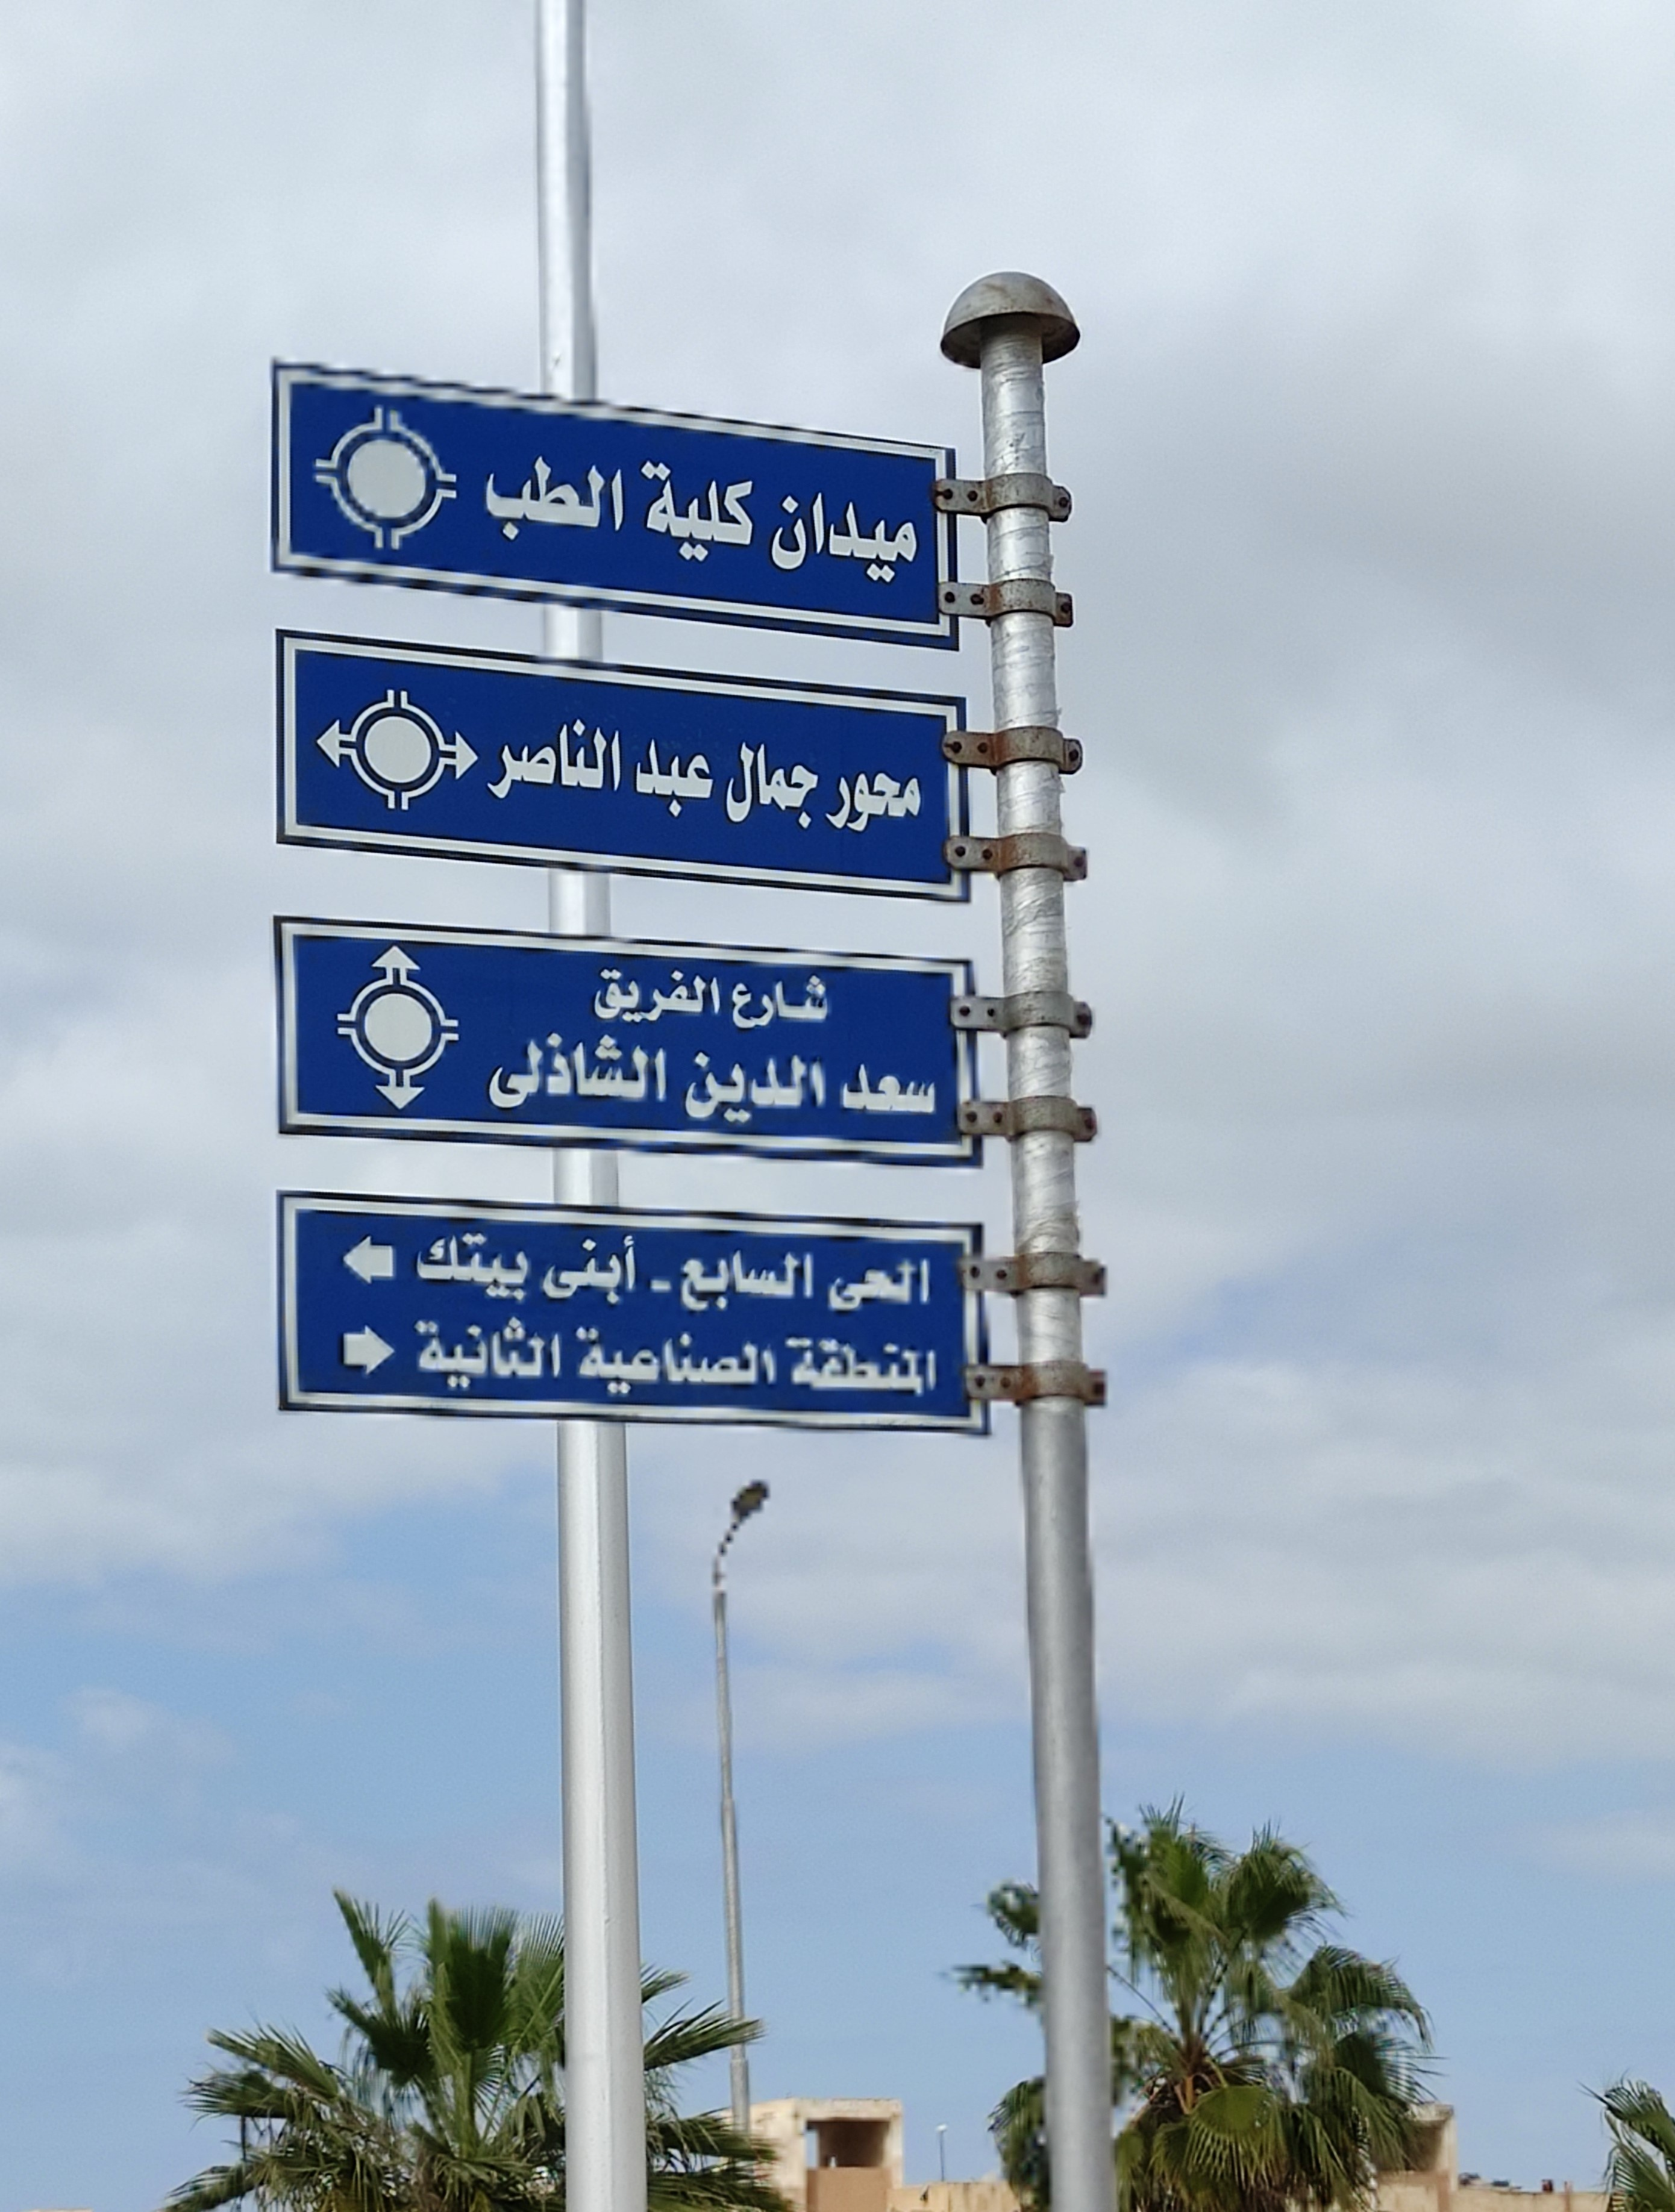
Text in image: الطب كلية ميدان الناصر عبد جمال محور الفريق شارع الشاذلى الدين سعد بيتك أبنى السابع الحى الثانية الصناعية المنطقة